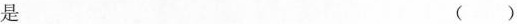
是 （）